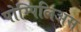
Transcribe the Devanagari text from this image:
पोम्पिलिअस